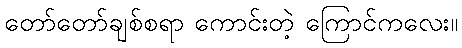
တော်တော်ချစ်စရာ ကောင်းတဲ့ ကြောင်ကလေး။